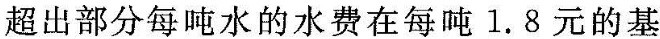
超出部分每吨水的水费在每吨l.8元的基